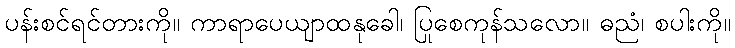
ပန်းစင်ရင်တားကို။ ကာရာပေယျာထနုခေါ၊ ပြုစေကုန်သလော။ ဓညံ၊ စပါးကို။